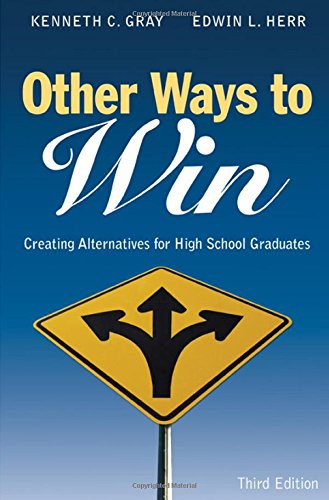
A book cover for Other Ways to Win: Creating Alternatives for High School Graduates; Education & Teaching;